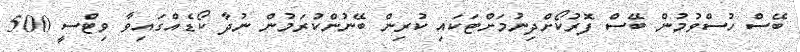
ބޭސް ހުސްވުމުން ބޭސް ފޮރުކޯށްދިނުމަށްޓަކައި ކުރިން ބޭނުންކުރަމުން ނުދާ ކޯޑެއްގައިވާ ވިޓްސީ 500